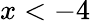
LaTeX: x<-4